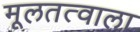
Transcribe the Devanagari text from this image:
मूलतत्वाला